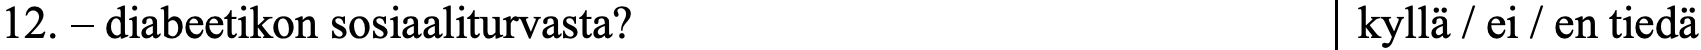
12. – diabeetikon sosiaaliturvasta?          kyllä / ei / en tiedä